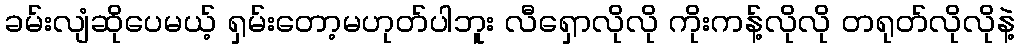
ခမ်းလျံဆိုပေမယ့် ရှမ်းတော့မဟုတ်ပါဘူး လီရှောလိုလို ကိုးကန့်လိုလို တရုတ်လိုလိုနဲ့